Civil Veterinary Dept. Bombay admin report 1893-99 - 1893-1899
Year: 1893
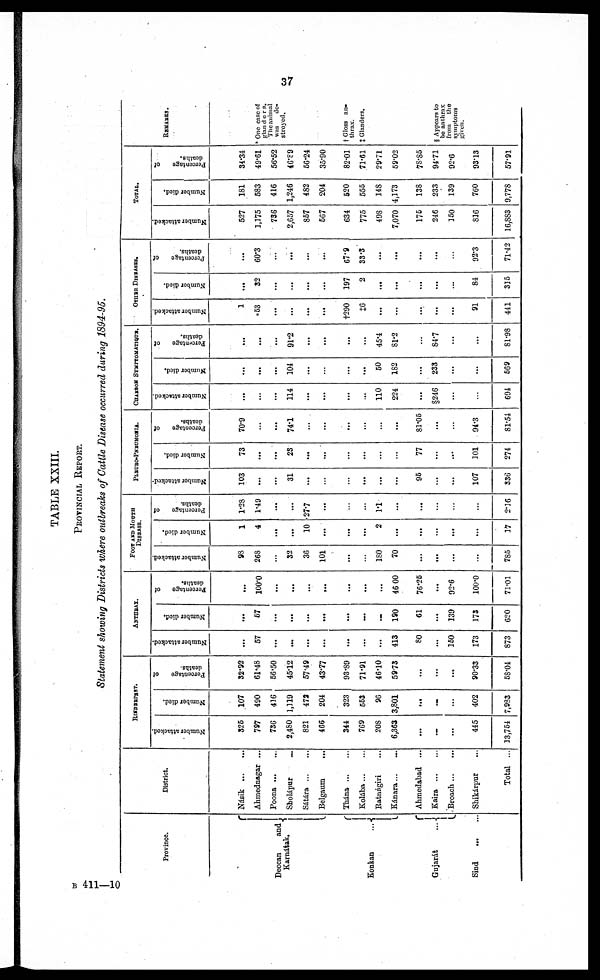
37
TABLE XXIII.
PROVINCIAL REPORT.
Statement showing Districts where outbreaks of Cattle Disease occurred daring 1894-95.
Province.
Deccan
and
Karnátak.
Konkan
...
Gujarát
...
Sind
...
...
District.
Násik
...
...
Ahmednagar ...
Poona
...
...
Sholápur
...
Sátára
...
...
Belgaum
...
Thána
...
...
Kolába ... ...
Ratnágiri ...
Kánara ...
...
Ahmedabad ...
Kaira
...
...
Broach
...
...
Shikárpur ...
Total ...
RINDERPEST.
Number attacked.
326
797
736
2,480
821
466
344
769
208
6,363
...
...
...
445
13,754
Number died.
107
490
416
1,119
473
204
323
663
96
3,801
...
...
...
402
7,983
Percentage
of
32.92
61.48
66.50
45.12
57.49
43.77
93.89
71.91
46.10
5973
...
...
...
90.33
58.04
ANTHRAX
Number attacked.
...
57
...
...
...
...
...
...
...
413
80
...
160
173
873
Number died.
...
67
...
...
...
...
...
...
...
190
61
...
139
173
620
Percentage of
deaths.
...
100.0
...
...
...
...
...
...
46 00
76.26
...
92.6
100.0
71.01
FOOT AND MOUTH
DISEASES.
Number attacked.
93
26S
32
36
101
...
180
70
...
...
...
...
785
Number died.
1
4
...
...
10
...
...
...
2
...
...
...
...
...
17
Percentage
of
deaths.
1.28
1.49
...
...
27.7
...
...
...
1.1
...
...
...
...
...
2.16
PLEURO-PNEUMONIA.
Number attacked.
103
...
...
31
...
...
...
...
...
...
95
...
...
107
336
Number died.
73
...
...
23
...
...
...
...
...
...
77
...
...
101
274
Percentage
of
deaths.
70.9
...
...
74.1
...
...
...
...
...
...
81.06
...
...
94.3
81.54
CHARBON SYMPTOMATIQUE.
Number attacked.
...
...
...
114
...
...
...
110
224
...
§246
...
...
694
Number died.
...
...
...
104
...
...
...
60
182
...
233
...
...
569
Percentage of
deaths.
...
...
...
91.2
...
...
...
...
45.4
81.2
84.7
...
...
81.98
OTHER DISEASES.
Number attacked.
1
53
...
...
...
...
†290
‡6
...
...
...
...
...
91
441
Number died.
...
32
...
...
...
...
197
2
...
...
...
...
...
84
315
Percentage
of
deaths.
...
60.3
...
...
...
...
67.9
33.3
...
...
...
...
...
92.3
71.42
TOTAL.
Number attacked.
527
1,175
736
2,657
867
667
634
775
498
7,070
175
246
150
816
16,883
Number died.
181
583
416
1,246
482
204
520
555
148
4,173
138
233
139
760
9,778
Percentage
of
deaths.
34.34
49.61
56.52
46.89
66.24
35.90
82.01
71.61
29.71
59.02
78.85
94.71
92.6
93.13
57.91
REMARKS.
One case of
glanders.
The animal
was
de-
stroyed.
† Gloss an-
thrax.
‡ Glanders.
§ Appears to
be anthrax
from the
symptoms
given.
B 411—10